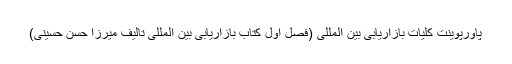
پاورپوینت كلیات بازاریابی بین المللی (فصل اول کتاب بازاریابی بین المللی تالیف میرزا حسن حسینی)